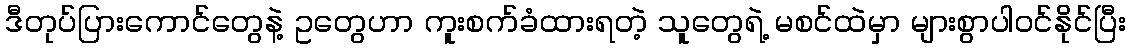
ဒီတုပ်ပြားကောင်တွေနဲ့ ဥတွေဟာ ကူးစက်ခံထားရတဲ့ သူတွေရဲ့ မစင်ထဲမှာ များစွာပါဝင်နိုင်ပြီး